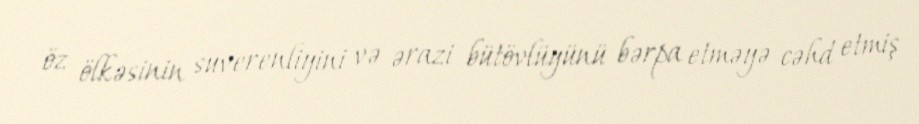
öz ölkəsinin suverenliyini və ərazi bütövlüyünü bərpa etməyə cəhd etmiş